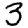
Digit: 3